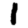
Digit: 1